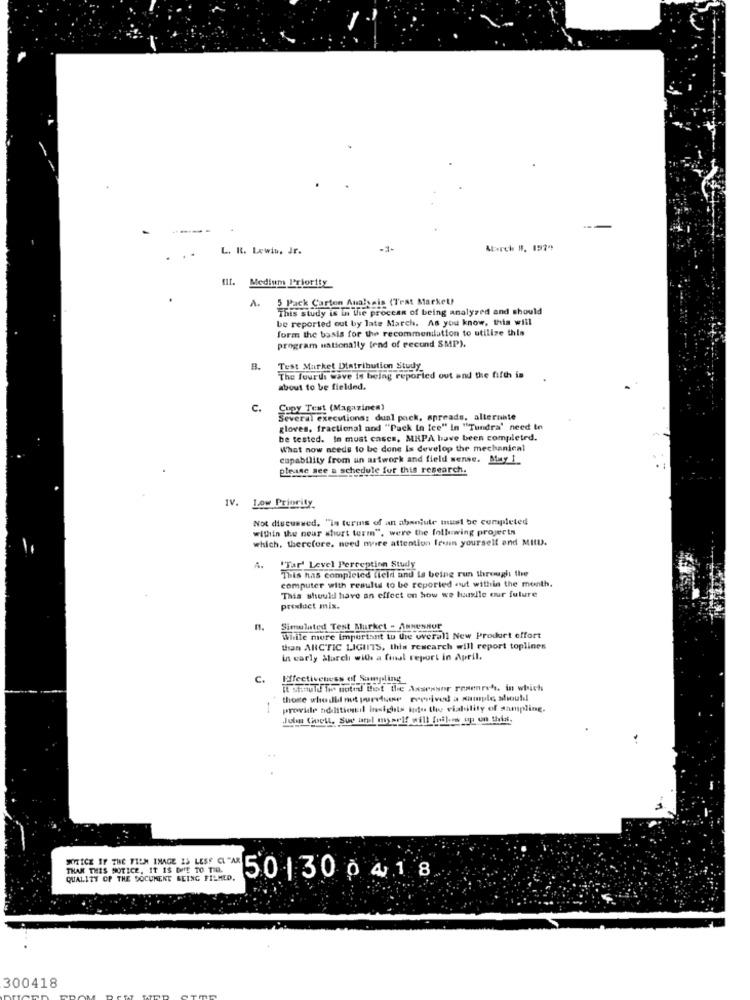
L. R. Lewis, Jr.
Abrch B. 1979
Medium Priority
A.
5 Pack Carton Analysis (Trat Market?
This study is in the process of being analyzed and should
be reported out by late March. As you know, this will
form the basis for the recommenilation to utilize this
program nationally [end of recund SMP).
B.
Test Market Distribution Study
The fourts wave is being reported out and the fifth is
about to be fielded.
c.
Copy Test (Magazines)
Several executions: dual pack, spreads, alternate
gloves, fractional and "Pack in fee" In "Tundra' need in
be tested. In must cases, MRPA have been completed.
What now needs to be done Is develop the mechanical
capability from un artwork and field sense. Muy 1_
please see a schedule for this research.
. Low Priority
Not discuswed, "in terms of an absolute must be completed
within the near short term", were the following projects
which. therefore, need nyire attention Irwin yourself and MID.
A.
"Tar' Level Perception Study
This has completed field and is being run through the
computer with results to be reported aut within the month.
This should have an effect on how we harlle our future
product mix.
n.
Simulated Test Market - Assessor
While more Important to tre overall New Product effort
than ARCTIC LIGHTS, this research will report toplines
in carly alarcl with a final report in April.
C.
Hoffectiveness of Somyding
It Stinuld The noted Bot the Assessor research. in which
those who did not purefuese ccerived a sample should
provide additionil insights into the viability of sampling.
Julin Cioett, Sur arel myself will fuilow up un this.
WITICE IF THE FILM IMAGE IS LESS CL "AR
THAN THIS NOTICE, IT IS DUE TO TID.
QUALITY OF THE DOCUMENT BEING FILMED.
501300 418
300418